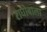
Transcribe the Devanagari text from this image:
राघोबाला